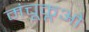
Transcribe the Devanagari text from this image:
मंचूकूओ